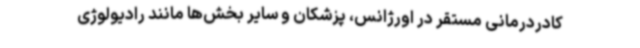
کادردرمانی مستقر در اورژانس، پزشکان و سایر بخش‌ها مانند رادیولوژی